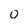
Character: o